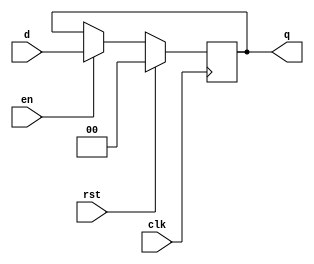
module basic_2bit_ff(input clk, input rst, input [1:0] d, input en, output reg [1:0] q);

	wire [1:0] next_q;

	assign next_q = en ? d : q;

	always @(posedge clk) begin
		if (rst)
			q <= 2'b00;
		else
			q <= next_q;
	end
endmodule